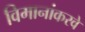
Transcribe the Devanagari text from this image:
विमानांकरवे